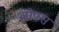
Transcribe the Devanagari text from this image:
लोफ्स